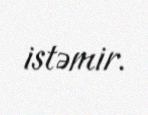
istəmir.